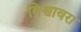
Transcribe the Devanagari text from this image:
विश्वावरा